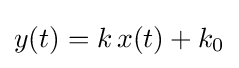
y(t)=k\,x(t)+k_{0}